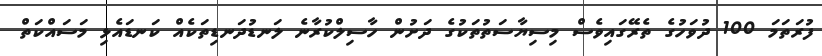
ފުރަތަމަ 100 ދުވަހުގެ ތެރޭގައިވެސް މިސިޔާސަތުތަކުގެ ދަށުން ހާސިލްކުރާނެ ލަނޑުދަނޑިތަކެއް ކަނޑައެޅި މަސައްކަތް